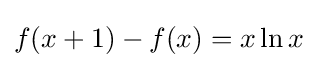
f(x+1)-f(x)=x\ln x